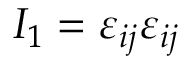
I _ { 1 } = \varepsilon _ { i j } \varepsilon _ { i j }